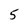
Character: 5